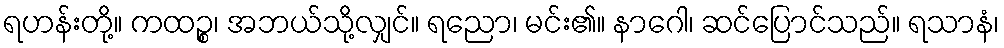
ရဟန်းတို့။ ကထဉ္စ၊ အဘယ်သို့လျှင်။ ရညော၊ မင်း၏။ နာဂေါ၊ ဆင်ပြောင်သည်။ ရသာနံ၊